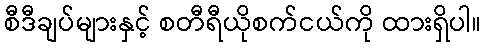
စီဒီချပ်များနှင့် စတီရီယိုစက်ငယ်ကို ထားရှိပါ။